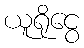
ယူရိုငွေ